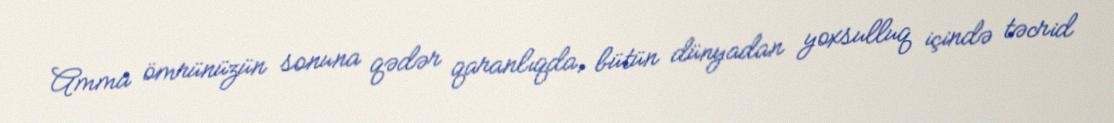
Amma ömrünüzün sonuna qədər qaranlıqda, bütün dünyadan yoxsulluq içində təcrid